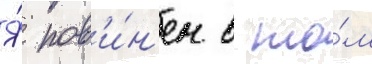
Я́ пов'и́н'ен в то́м